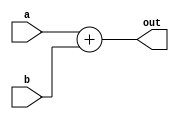
module adder_2in_FP(
 input 	signed  [17:0] a,b,
 output signed 	[17:0] out
 );
 
assign out=a+b;
endmodule